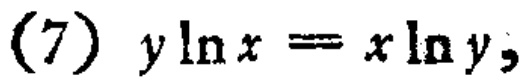
(7) \(y\ln x = x\ln y\)